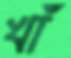
খাঁ